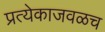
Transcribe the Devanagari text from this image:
प्रत्येकाजवळच